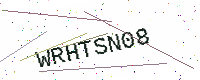
Text: WRHTSN08